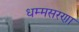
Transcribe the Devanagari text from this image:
धम्मसरणा